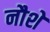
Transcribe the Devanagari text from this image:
नौशे